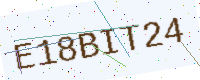
Text: E18BIT24